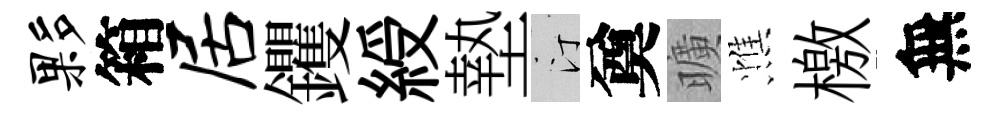
夥箱居钁綬墊汀奠曠憔檄無